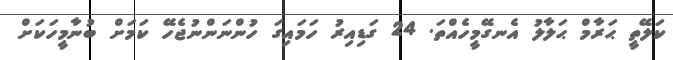
ކަލޭތީ ޙަރާމް ޙަލާލު އެނގޭމީހެއްތަ. 24 ގަޑިއިރު ހަމައިގަ ހުންނަންނުޖެހޭ ކަމަށް ބުނާމީހަކަށް